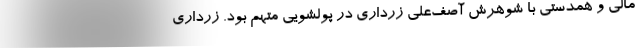
مالی و همدستی با شوهرش آصف‌علی زرداری در پولشویی متهم بود. زرداری